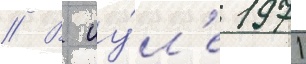
// В иу́л'е 1971